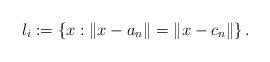
LaTeX: \begin{align*}l_{i}:=\left\{ x:\|x-a_{n}\|=\|x-c_{n}\|\right\} .\end{align*}